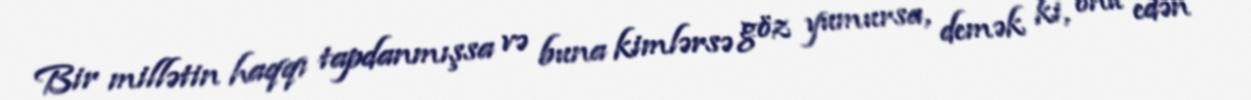
Bir millətin haqqı tapdanmışsa və buna kimlərsə göz yumursa, demək ki, onu edən